DOW-UAP-D19, Mission Report, Syria, February 21, 2023
Agency: Department of War
Incident date: 2/21/23
Incident location: Syria
Page 1
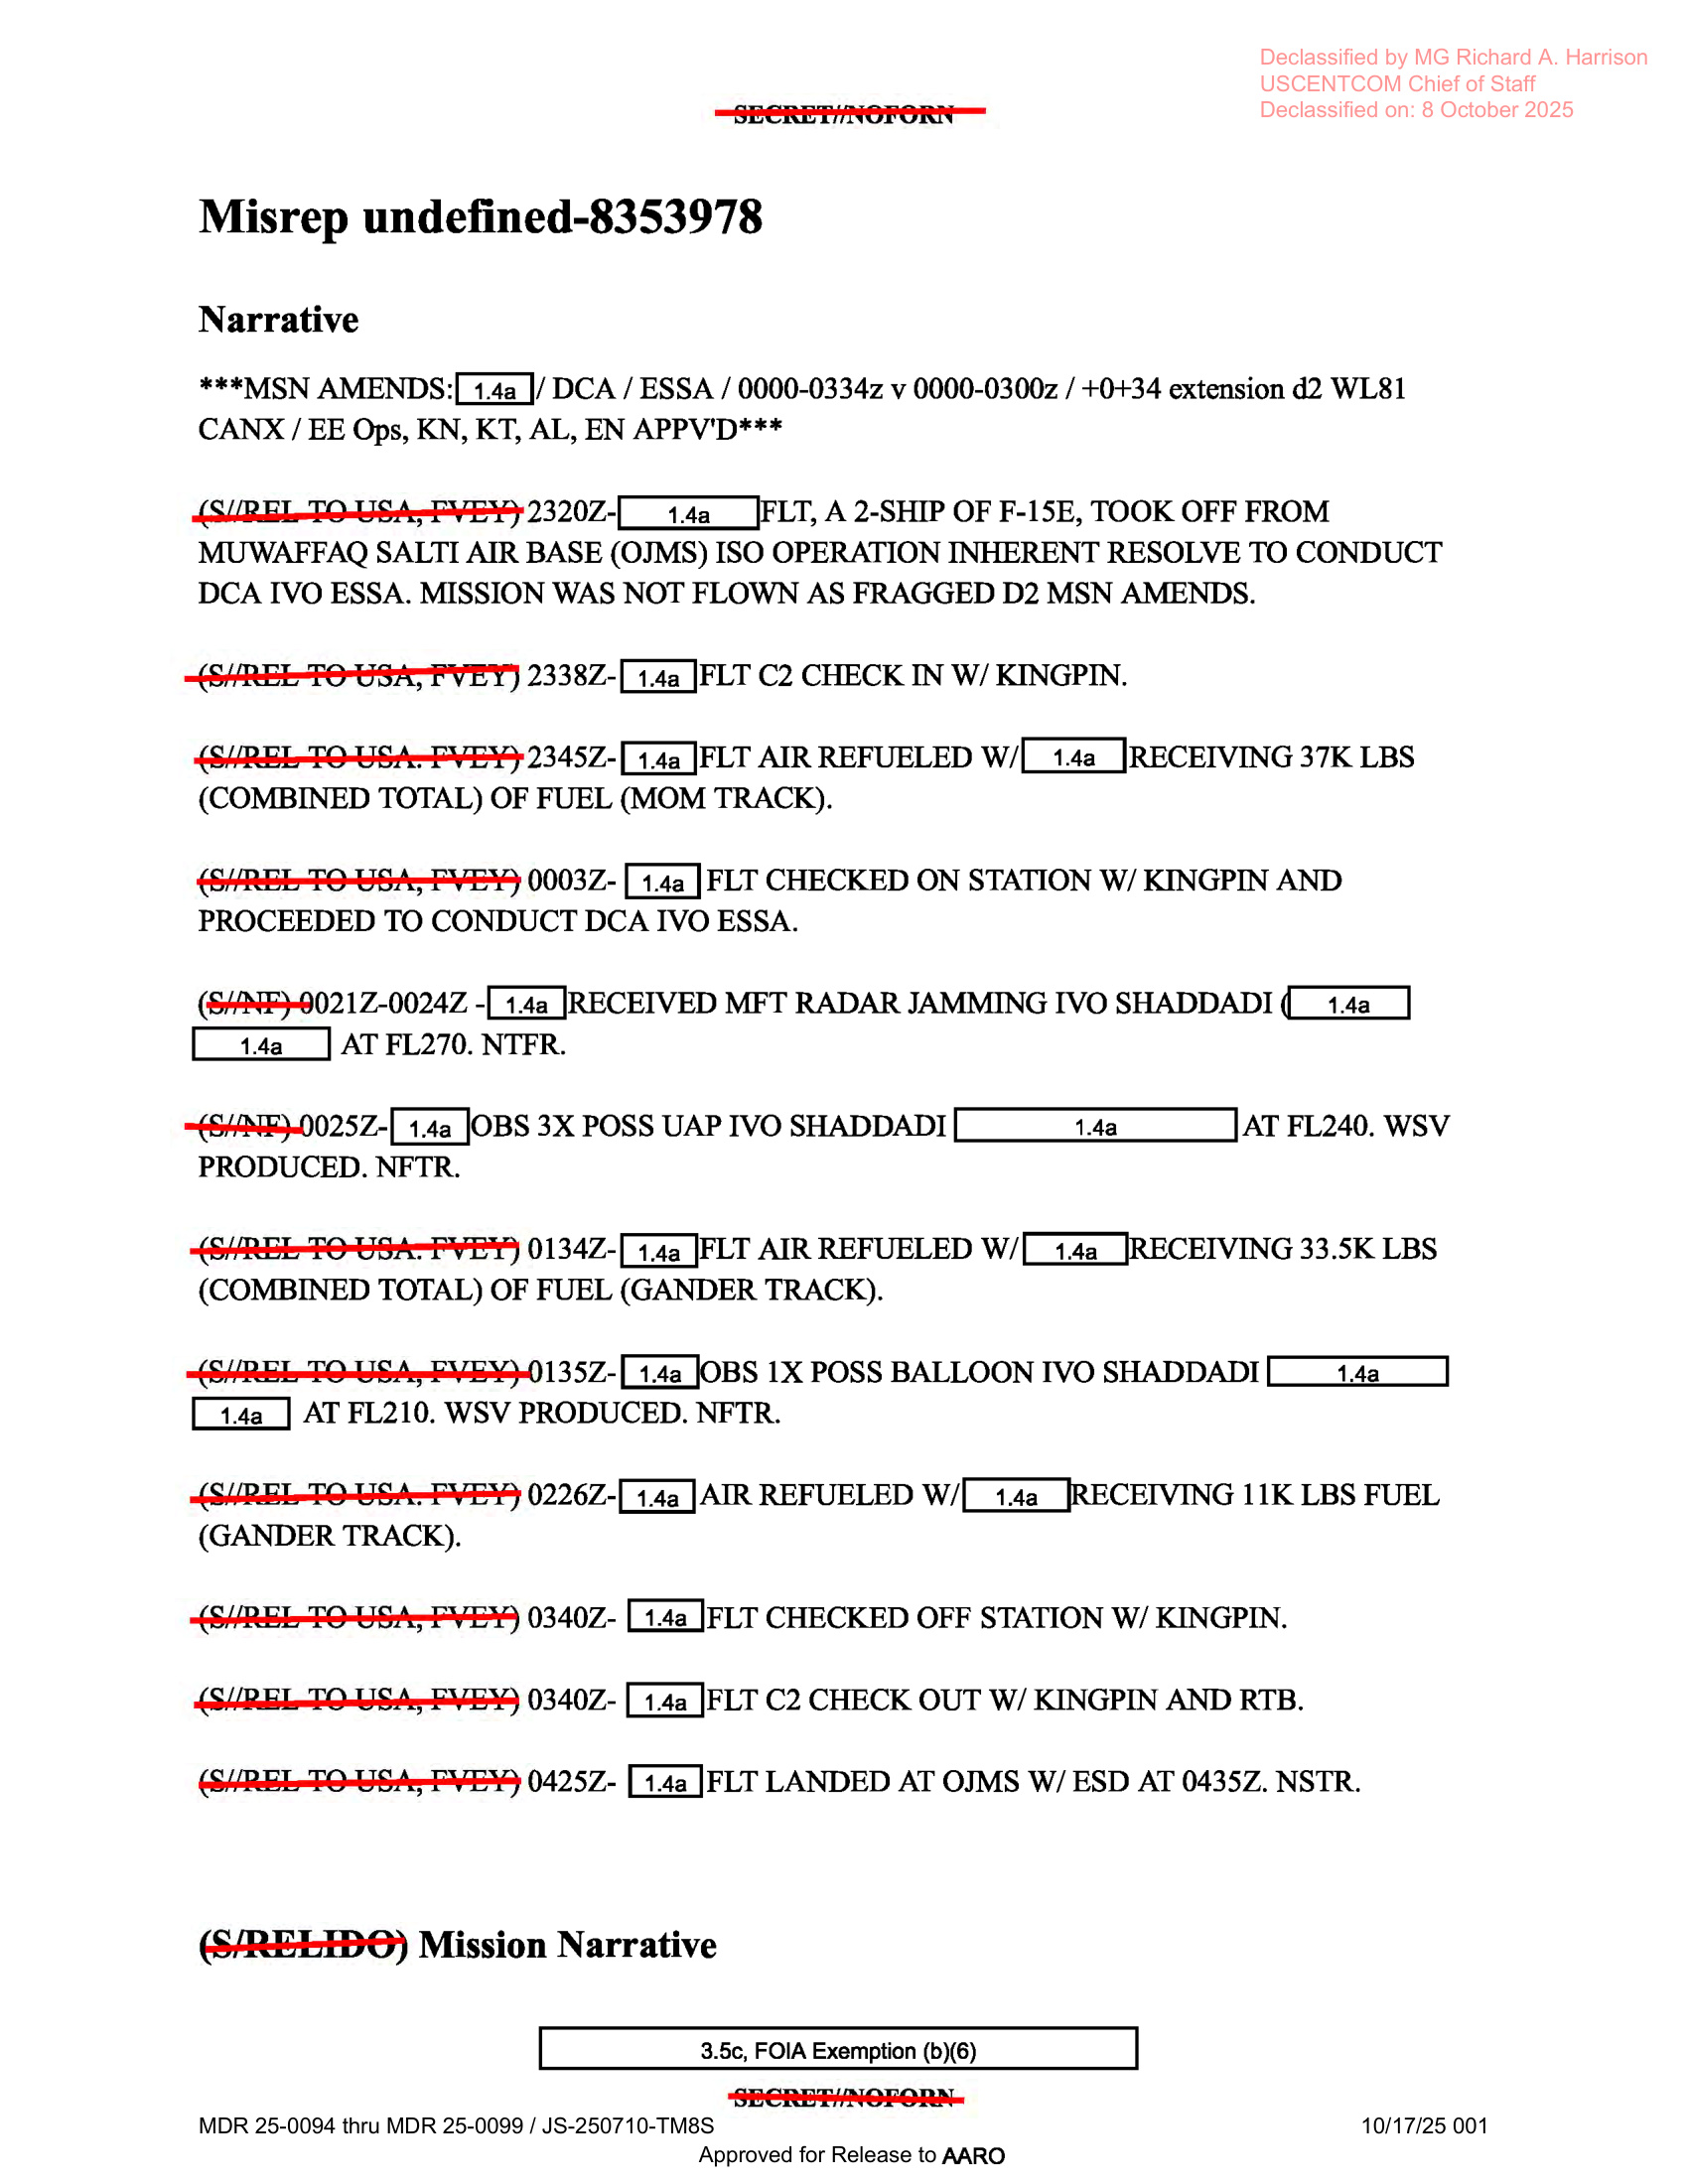